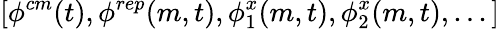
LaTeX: [\phi^{cm}(t),\phi^{rep}(m,t),\phi_{1}^{x}(m,t),\phi_{2}^{x}(m,t),...]